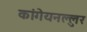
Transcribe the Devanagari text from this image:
कांगेयनल्लुर